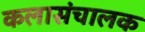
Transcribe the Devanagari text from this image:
कलासंचालक